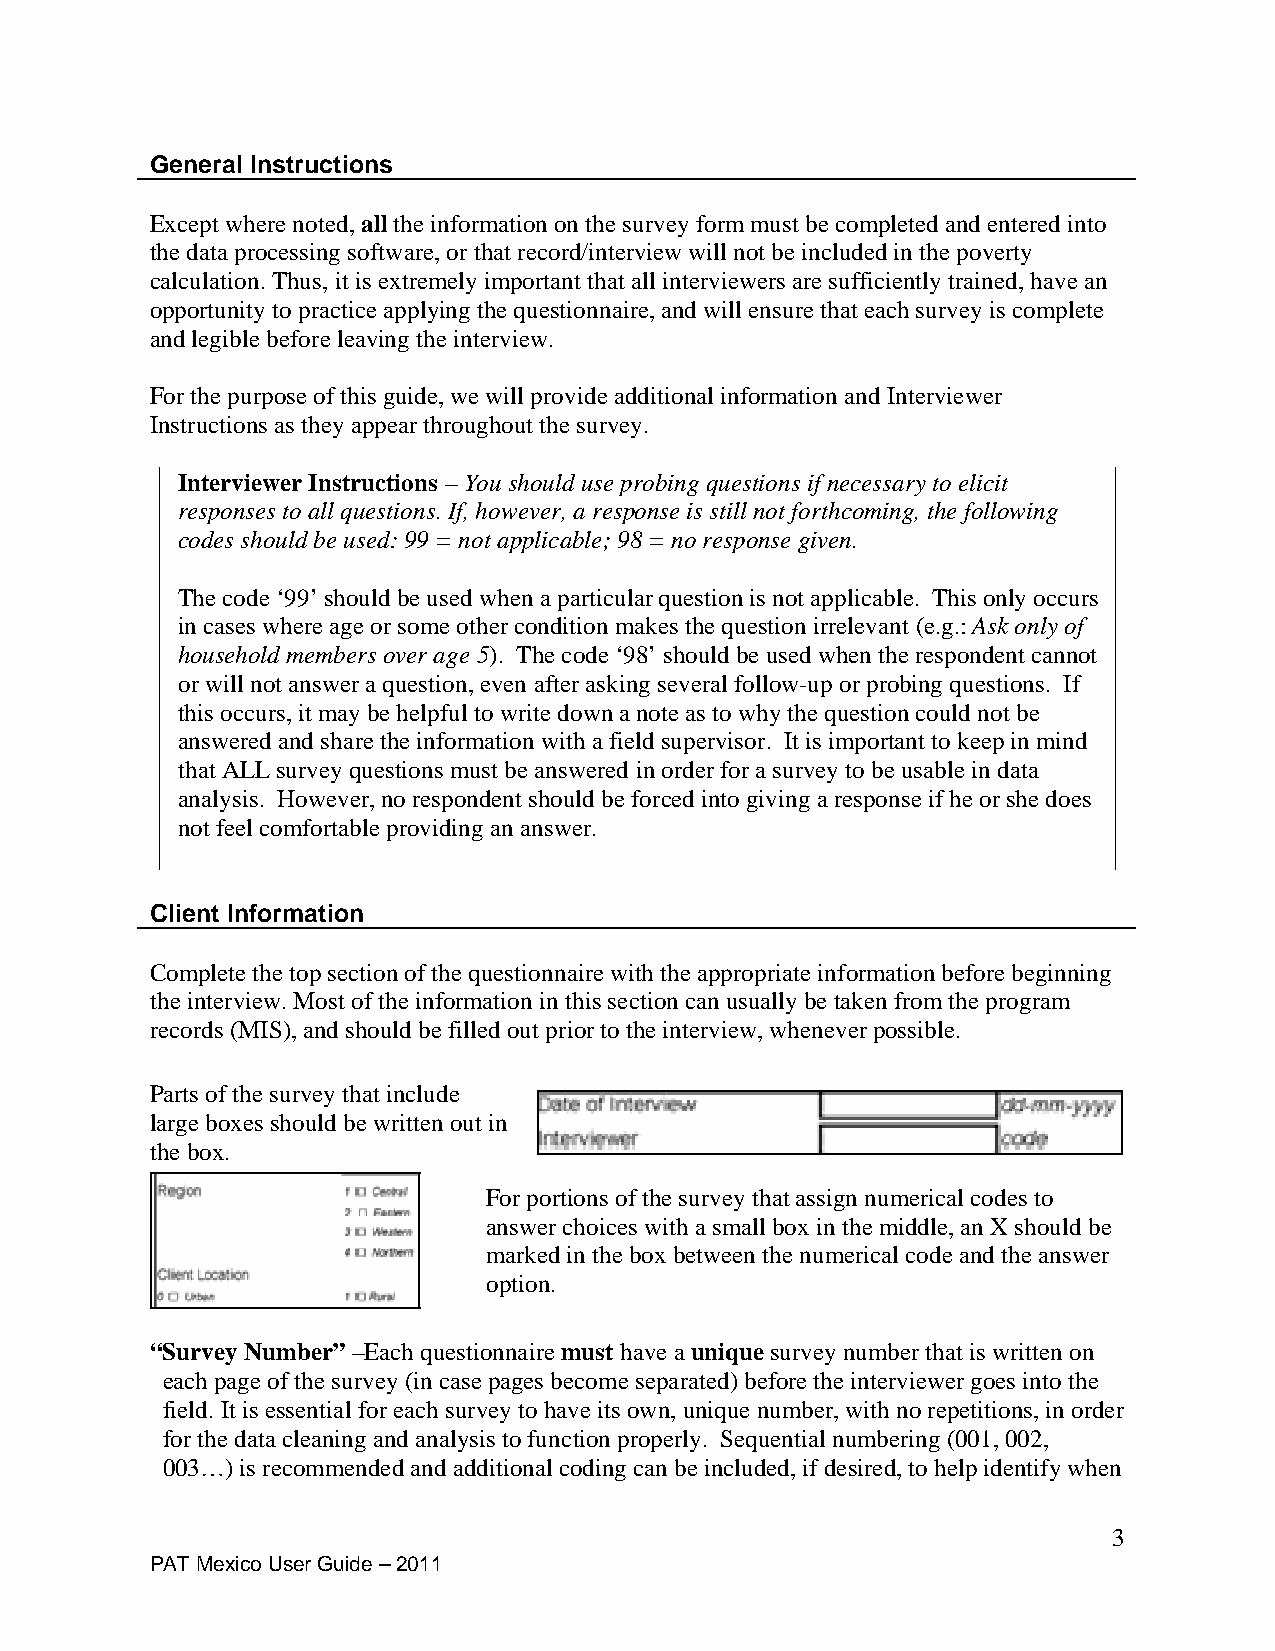
General Instructions
 Except where noted, all the information on the survey form must be completed and entered into
 the data processing software, or that record/interview will not be included in the poverty
 calculation. Thus, it is extremely important that all interviewers are sufficiently trained, have an
 opportunity to practice applying the questionnaire, and will ensure that each survey is complete
 and legible before leaving the interview.
 For the purpose of this guide, we will provide additional information and Interviewer
 Instructions as they appear throughout the survey.
 Interviewer Instructions – You should use probing questions if necessary to elicit
 responses to all questions. If, however, a response is still not forthcoming, the following
 codes should be used: 99 = not applicable; 98 = no response given.
 The code ‘99’ should be used when a particular question is not applicable. This only occurs
 in cases where age or some other condition makes the question irrelevant (e.g.: Ask only of
 household members over age 5). The code ‘98’ should be used when the respondent cannot
 or will not answer a question, even after asking several follow-up or probing questions. If
 this occurs, it may be helpful to write down a note as to why the question could not be
 answered and share the information with a field supervisor. It is important to keep in mind
 that ALL survey questions must be answered in order for a survey to be usable in data
 analysis. However, no respondent should be forced into giving a response if he or she does
 not feel comfortable providing an answer.
 Client Information
 Complete the top section of the questionnaire with the appropriate information before beginning
 the interview. Most of the information in this section can usually be taken from the program
 records (MIS), and should be filled out prior to the interview, whenever possible.
 Parts of the survey that include
 large boxes should be written out in
 the box.
 For portions of the survey that assign numerical codes to
 answer choices with a small box in the middle, an X should be
 marked in the box between the numerical code and the answer
 option.
 “Survey Number” –Each questionnaire must have a unique survey number that is written on
 each page of the survey (in case pages become separated) before the interviewer goes into the
 field. It is essential for each survey to have its own, unique number, with no repetitions, in order
 for the data cleaning and analysis to function properly. Sequential numbering (001, 002,
 003…) is recommended and additional coding can be included, if desired, to help identify when
 3
 PAT Mexico User Guide – 2011